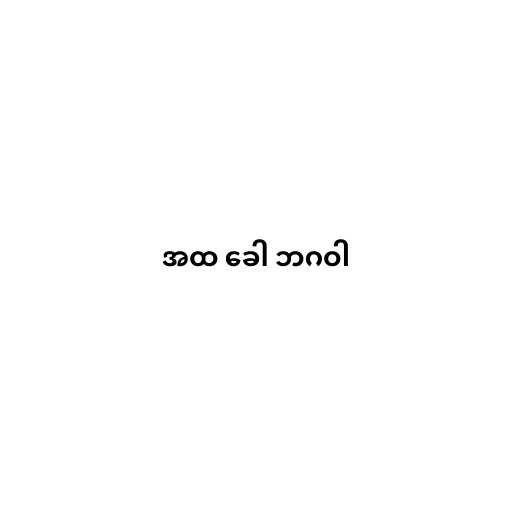
အထ ခေါ ဘဂဝါ